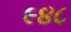
૯૪૮